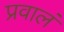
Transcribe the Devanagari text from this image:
प्रवालं